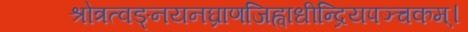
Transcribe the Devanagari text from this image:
श्रोत्रत्वङ्नयनघ्राणजिह्वाधीन्द्रियपञ्चकम्।